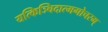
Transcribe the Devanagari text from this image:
यत्किञ्चिदात्मगोचरम्